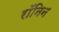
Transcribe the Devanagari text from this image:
रॉनिन